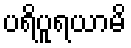
ပရိပူရယာမိ